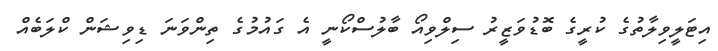
އިޓަލީވިލާތުގެ ކުރީގެ ބޮޑުވަޒީރު ސިލްވިއޯ ބާލުސްކޯނީ އެ ގައުމުގެ ތިންވަނަ ޑިވިޝަން ކްލަބެއް